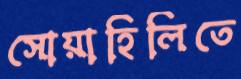
সোয়াহিলিতে